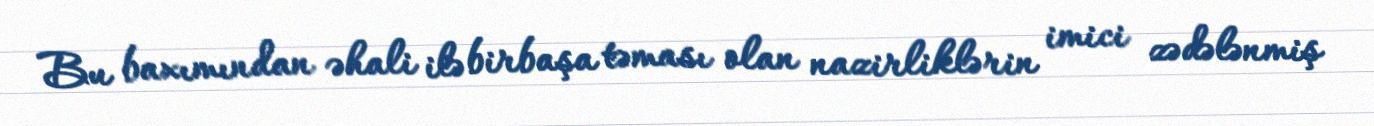
Bu baxımından əhali ilə birbaşa təması olan nazirliklərin imici zədələnmiş